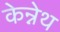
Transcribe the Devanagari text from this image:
केन्नेथ